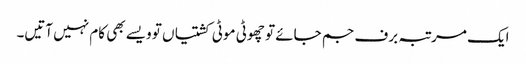
ایک مرتبہ برف جم جائے تو چھوٹی موٹی کشتیاں تو ویسے بھی کام نہیں آتیں۔